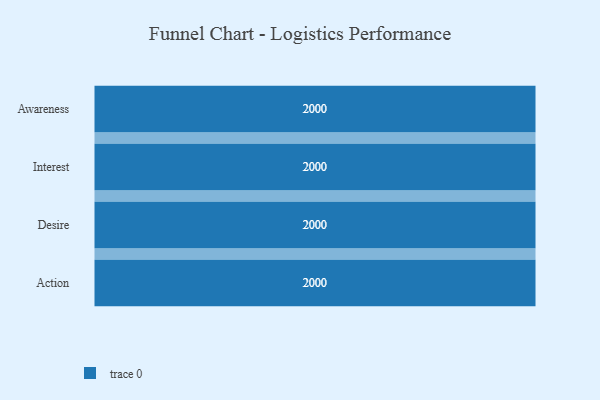
{"axis": {"x": "Stage", "y": "Value"}, "legend": [""], "data": [{"x": "Awareness", "y": 2000, "type": ""}, {"x": "Interest", "y": 2000, "type": ""}, {"x": "Desire", "y": 2000, "type": ""}, {"x": "Action", "y": 2000, "type": ""}]}